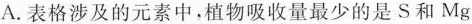
A.表格涉及的元素中，植物吸收量最少的是S和Mg